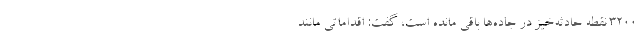
۳۲۰۰ نقطه حادثه‌خیز در جاده‌ها باقی مانده است، گفت: اقداماتی مانند